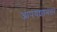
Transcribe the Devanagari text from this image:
आपयशानंतर